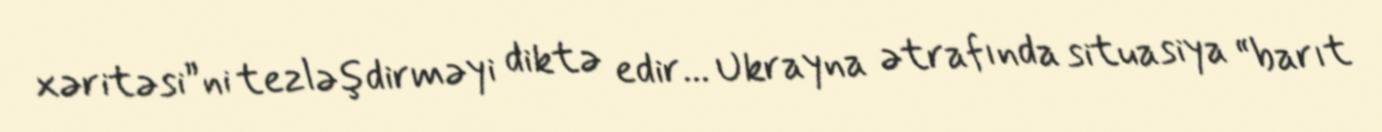
xəritəsi”ni tezləşdirməyi diktə edir... Ukrayna ətrafında situasiya “barıt